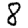
Digit: 8